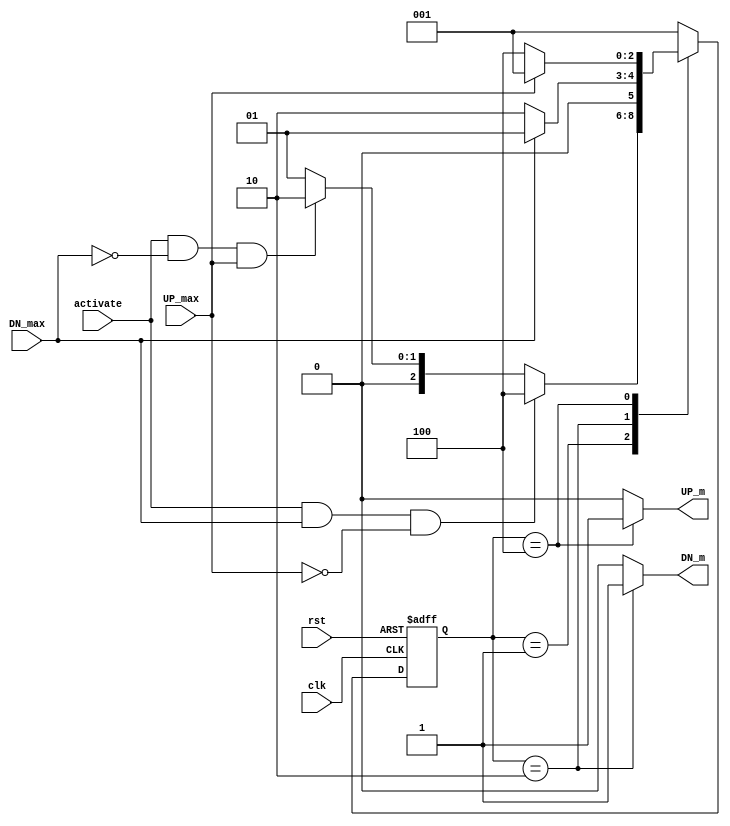
`timescale 1ns / 1ps

module door(
    input UP_max,
    input activate,
    input DN_max,
    input clk,
    input rst,
    output reg UP_m,
    output reg DN_m
    );
    
    parameter state_reg_width= 3;
    parameter [state_reg_width-1:0] idle = 3'b001,
                                    Mv_dn= 3'b010,
                                    Mv_up= 3'b100;
   reg [state_reg_width -1 : 0] curr_state , next_state ;
   
   always @(posedge clk or negedge rst) begin 
    if(!rst) curr_state <= idle;
    else curr_state <= next_state;
   end
   
   always @(*) begin
    UP_m=0;
    DN_m=0;
    case(curr_state)
    idle:
        begin
            UP_m=0;
            DN_m=0;
            if((activate==1) && (DN_max==1) && (UP_max==0))  next_state = Mv_up; 
            else if(activate && !DN_max && UP_max)  next_state = Mv_dn;
            else next_state = idle;
        end
    Mv_dn:
        begin
            UP_m=0;
            DN_m=1;
            if(DN_max) next_state = idle;
            else next_state = Mv_dn;           
        end
    Mv_up:
        begin
            UP_m=1;
            DN_m=0;
            if(UP_max) next_state = idle;
            else next_state = Mv_up;        
        end
    default: next_state = idle;
    endcase       
   end
                                    
endmodule